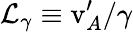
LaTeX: \mathcal{L}_{\gamma}\equiv\mathrm{{v}}_{A}^{\prime}/\gamma